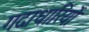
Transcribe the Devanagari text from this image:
गदाधारियों